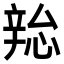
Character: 𫐜